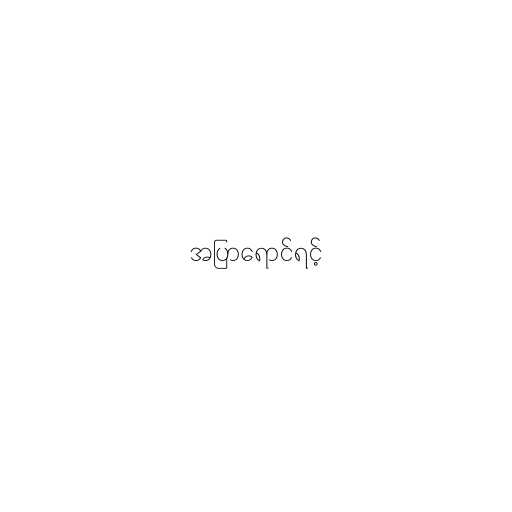
အပြာရောင်ရင့်